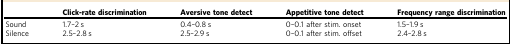
|  | Click-rate discrimination | Aversive tone detect | Appetitive tone detect | Frequency range discrimination |
 | --- | --- | --- | --- | --- |
 | Sound | 1.7–2 s | 0.4–0.8 s | 0–0.1 after stim. onset | 1.5–1.9 s |
 | Silence | 2.5–2.8 s | 2.5–2.9 s | 0–0.1 after stim. offset | 2.4–2.8 s |